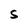
Character: S